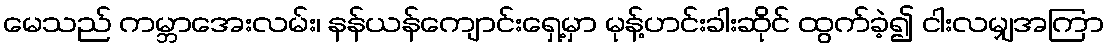
မေသည် ကမ္ဘာအေးလမ်း၊ နန်ယန်ကျောင်းရှေ့မှာ မုန့်ဟင်းခါးဆိုင် ထွက်ခဲ့၍ ငါးလမျှအကြာ